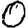
Digit: 0